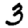
Digit: 3